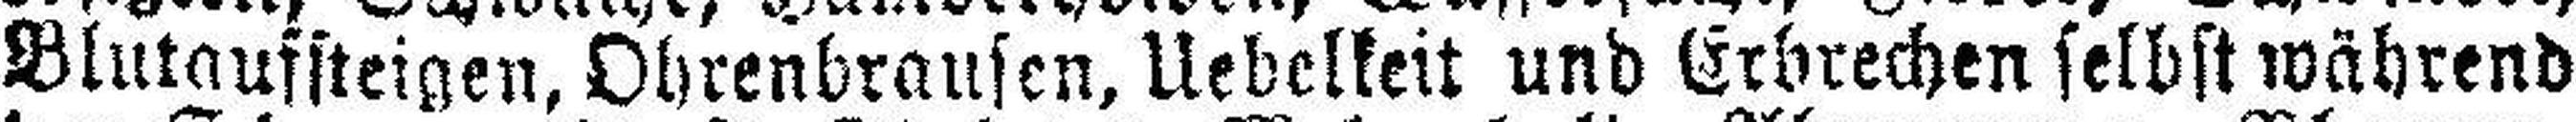
Blutaufsteigen, Ohrenbrausen, Uebelkeit und Erbrechen selbst während